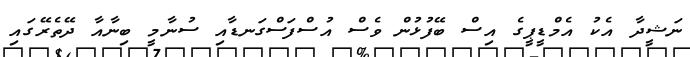
ނަޝީދާ އެކު އެމްޑީޕީގެ އިސް ބޭފުޅުން ވެސް އުސްފަސްގަނޑާއި ސުނާމީ ބިނާއާ ދޭތެރޭގައި